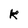
Character: k